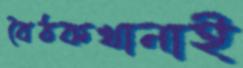
বৈঠকখানাই